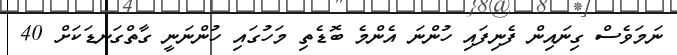
ނަމަވެސް ގިނައިން ފެނިފައި ހުންނަ އެންމެ ބޮޑެތި މަހުގައި ހުންނަނީ ގާތްގަނޑަކަށް 40